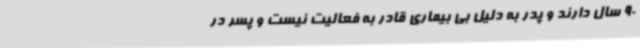
90 سال دارند و پدر به دلیل بی بیماری قادر به فعالیت نیست و پسر در